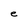
Character: e